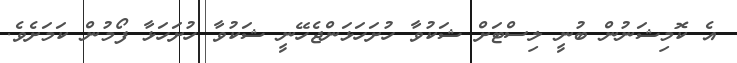
އެ ކޮމިޝަނުން ބުނީ ލިސްޓަށް ޝަކުވާ ހުށަހަޅަންޖެހޭނީ ޝަކުވާ ހުށަހަޅާ ފޯމުން ކަމަށެވެ.